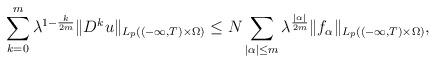
LaTeX: \begin{align*}\sum_{k=0}^m\lambda^{1-\frac{k}{2m}}\|D^ku\|_{L_p((-\infty, T)\times \Omega)}\le N\sum_{|\alpha|\le m}\lambda^{\frac{|\alpha|}{2m}}\|f_\alpha\|_{L_p((-\infty, T)\times \Omega)},\end{align*}